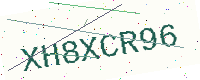
Text: XH8XCR96